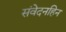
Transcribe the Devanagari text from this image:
संवेदनहिन